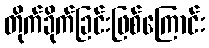
တိုက်ခိုက်ခြင်းဖြစ်ကြောင်း